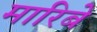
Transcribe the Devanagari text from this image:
मारिबे